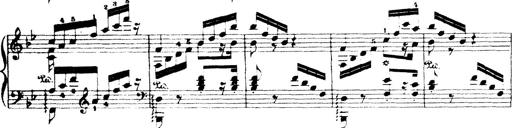
Title: Wagner-Liszt Album
Composer: Franz Liszt